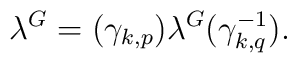
\lambda^{G} = ({\gamma}_{k,p}) \lambda^{G} ({\gamma}_{k,q}^{-1}).